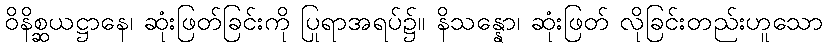
ဝိနိစ္ဆယဋ္ဌာနေ၊ ဆုံးဖြတ်ခြင်းကို ပြုရာအရပ်၌။ နိသန္နော၊ ဆုံးဖြတ် လိုခြင်းတည်းဟူသော